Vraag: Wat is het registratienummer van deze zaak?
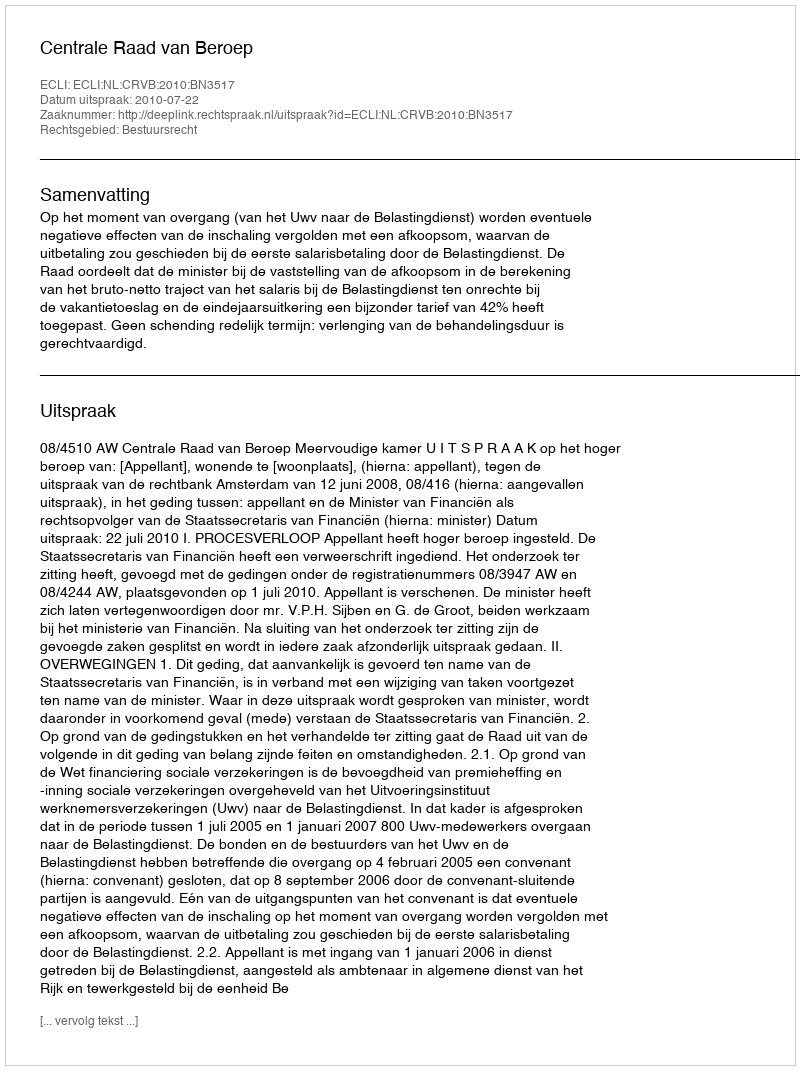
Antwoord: http://deeplink.rechtspraak.nl/uitspraak?id=ECLI:NL:CRVB:2010:BN3517